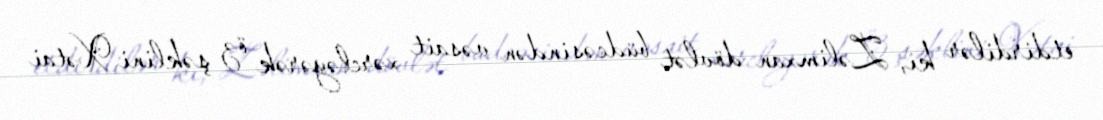
etdirdilər ki, Zəlimxan dövlət büdcəsindən vəsait xərcləyərək öz şəklini Xətai